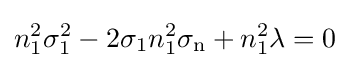
n_{1}^{2}\sigma _{1}^{2}-2\sigma _{1}n_{1}^{2}\sigma _{\text{n}}+n_{1}^{2}\lambda =0